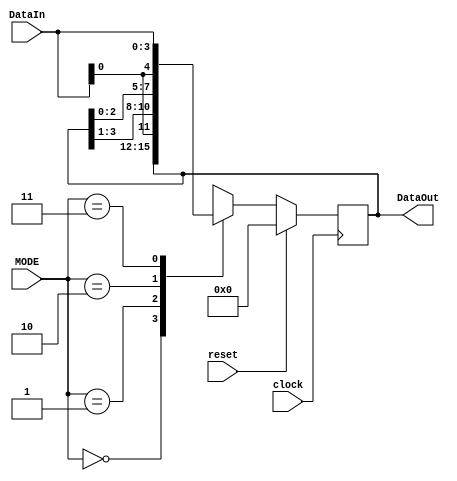
module Universal_Shift_Register(DataOut, clock, reset, MODE, DataIn);
  output reg [3:0] DataOut;
  
  reg [3:0] D_DataOut;
  input clock, reset;
  input [1:0] MODE;
  input [3:0] DataIn;
  
  always @(posedge clock)
  begin
    if(reset)
      D_DataOut = 0;
    else
      begin
        case(MODE)
          2'b00 : D_DataOut = DataOut;    
          2'b01 : D_DataOut = {DataIn[0], DataOut[3:1]};
          2'b10 : D_DataOut = {DataOut[2:0], DataIn[0]};
          2'b11 : D_DataOut = DataIn;
        endcase
      end
  end
  assign DataOut = D_DataOut;
  
endmodule